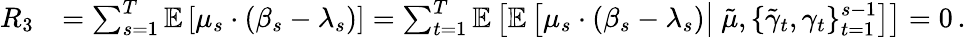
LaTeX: \begin{array}{rl}{R_{3}}&{=\sum_{s=1}^{T}\mathbb{E}\left[\mu_{s}\cdot(\beta_{s}-\lambda_{s})\right]=\sum_{t=1}^{T}\mathbb{E}\left[\mathbb{E}\left[\mu_{s}\cdot(\beta_{s}-\lambda_{s})\big|\ \tilde{\mu},\{ \tilde{\gamma}_{t},\gamma_{t}\} _{t=1}^{s-1}\right]\right]=0\, .}\end{array}